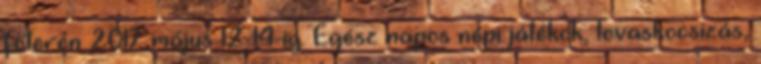
főterén 2017. május 12-14-ig. Egész napos népi játékok, lovaskocsizás,